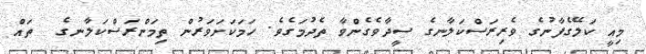
މިއީ ކަލޭގެފާނުގެ ވެރިރަސްކަލާނގެ ސީދާވެގެންވާ ތެދުމަގެވެ. ހަމަކަށަވަރުން ތިމަންރަސްކަލާނގެ  ތައް